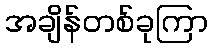
အချိန်တစ်ခုကြာ